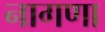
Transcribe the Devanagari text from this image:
नागणा